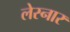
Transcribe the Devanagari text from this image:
लेस्नार